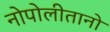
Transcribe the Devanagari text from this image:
नोपोलीतानो